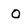
Character: O